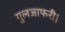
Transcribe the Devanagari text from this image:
गुलजाफरी।